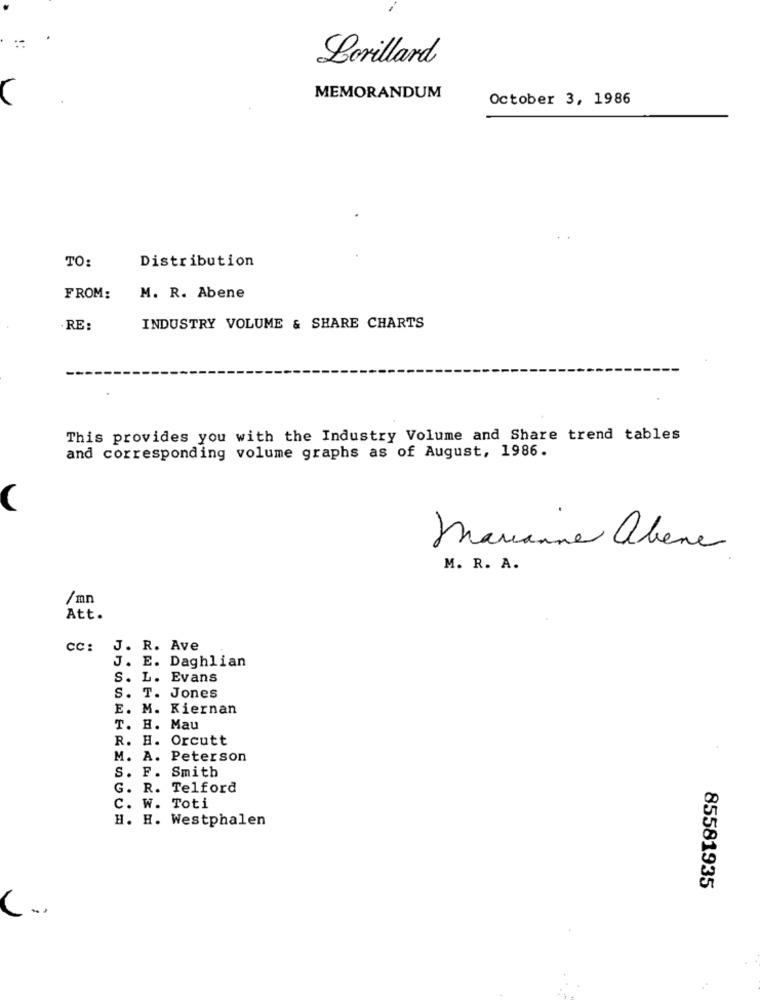
Lorillard
MEMORANDUM
October 3, 1986
TO:
Distribution
FROM:
M. R. Abene
· RE :
INDUSTRY VOLUME & SHARE CHARTS
This provides you with the Industry Volume and Share trend tables
and corresponding volume graphs as of August, 1986.
(
marianne alene
M. R. A.
/mn
Att.
CC:
J. R. Ave
J. E. Daghlian
S. L. Evans
S. T. Jones
M. Kiernan
T. H. Mau
H. Orcutt
M. A. Peterson
S. F. Smith
G. R. Telford
C. W. Toti
H. H. Westphalen
85581935